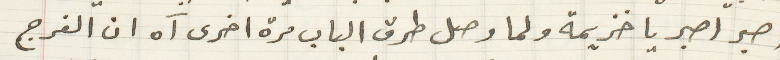
اصبر اصبر يا خزيمة ولما وصل طرق الباب مرة اخرى آه ان الفرج